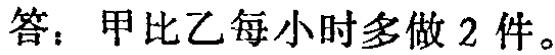
答：甲比乙每小时多做 2 件。